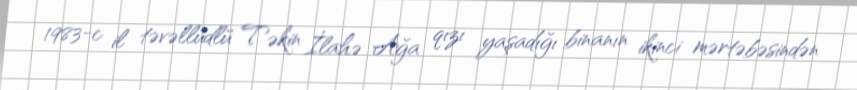
1983-c il təvəllüdlü Təkin İlahə Ağa qızı yaşadığı binanın ikinci mərtəbəsindən